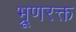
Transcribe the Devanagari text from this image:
भ्रूणरक्त